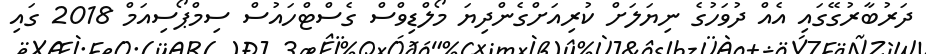
ދަރުބާރުގޭގައި އެއް ދުވަހުގެ ނިޔަލަށް ކުރިއަށްގެންދިޔަ މޯލްޑިވްސް ގެސްޓްހައުސް ސިމްޕޯސިއަމް 2018 ގައި